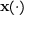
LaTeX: \mathbf { x } ( \cdot )